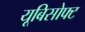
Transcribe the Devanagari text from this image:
यूबिसोफ्ट